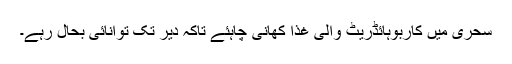
سحری میں کاربوہائڈریٹ والی غذا کھانی چاہئے تاکہ دیر تک توانائی بحال رہے۔